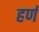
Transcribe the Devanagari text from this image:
हर्ण